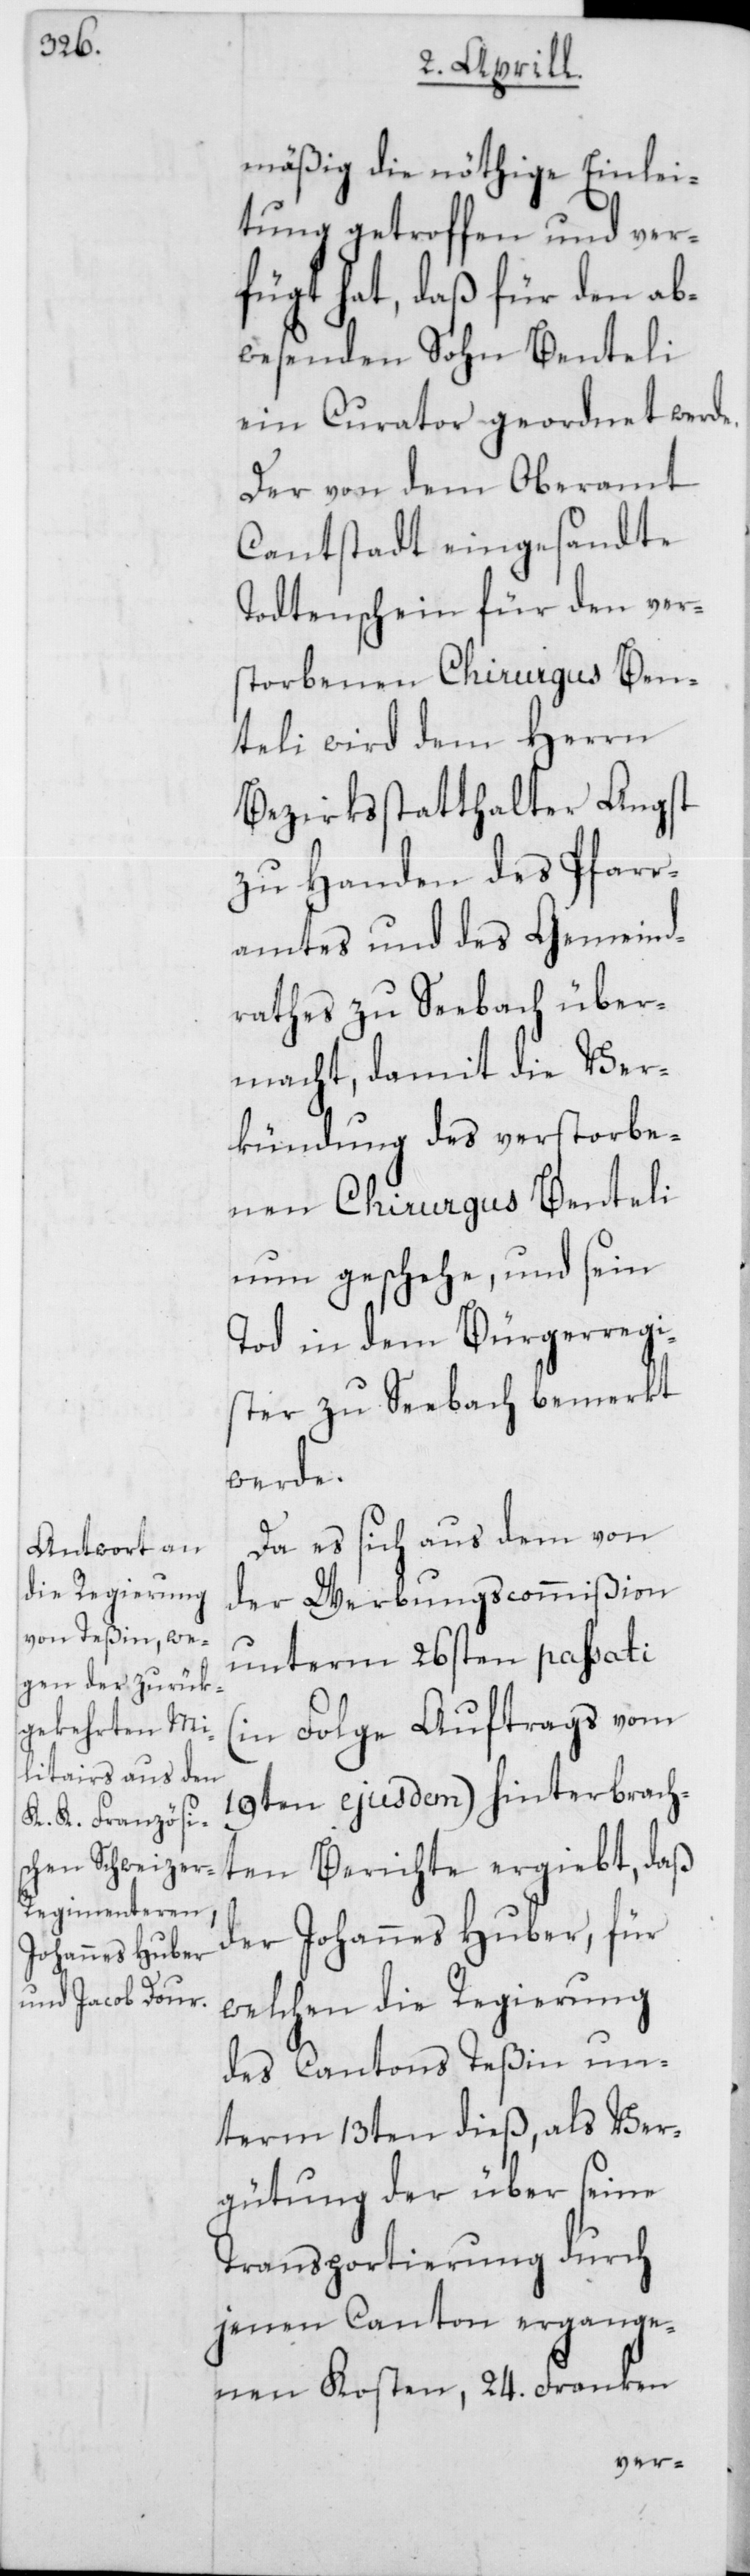
mäßig die nöthige Einlei¬
tung getroffen und ver¬
fügt hat, daß für den ab¬
wesenden Sohn Benteli
ein Curator geordnet werde.
Der von dem Oberamt
Cantstadt eingesandte
Todtenschein für den ver¬
storbenen Chirurgus Ben¬
teli wird dem Herrn
Bezirksstatthalter Angst
zu Handen des Pfarr¬
amtes und des Gemeind¬
rathes zu Seebach über¬
macht, damit die Ver¬
kündung des verstorbe¬
nen Chirurgus Benteli
nun geschehe, und sein
Tod in dem Bürgerregi¬
ster zu Seebach bemerkt
Da es sich aus dem von
der Werbungscommißion
unterm 26sten passati
(in Folge Auftrags vom
19ten ejusdem) hinterbrach¬
ten Berichte ergiebt, daß
der Johannes Huber, für
welchen die Regierung
des Cantons Teßin un¬
term 13ten dieß, als Ver¬
gütung der über seine
Transportierung durch
jenen Canton ergange¬
nen Kosten, 24. Franken